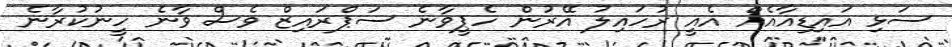
ސަޅި އައިޑިއާއެއް އެއީ ރުހައިލު އޭރުން ހެޕީވާނެ ސަޕްރައިޒް ވެސް ވާނެ ހީނުކުރާނެ